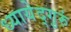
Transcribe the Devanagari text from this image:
ध्यायेद्गुरुं